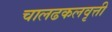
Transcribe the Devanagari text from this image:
चालढकलवृत्ती